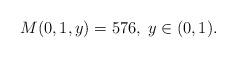
LaTeX: \begin{align*}M(0, 1, y)=576,\;y\in(0,1).\end{align*}